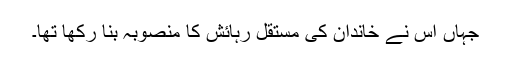
جہاں اس نے خاندان کی مستقل رہائش کا منصوبہ بنا رکھا تھا۔